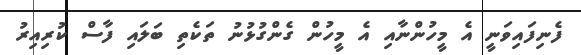
ފެނިފައިވަނީ އެ މީހުންނާއި އެ މީހުން ގެންގުޅުނު ތަކެތި ބަލައި ފާސް ކުރިއިރު